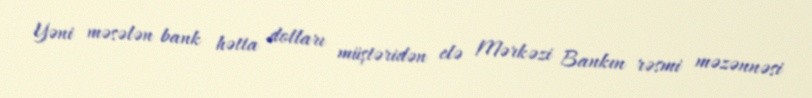
Yəni məsələn bank hətta dolları müştəridən elə Mərkəzi Bankın rəsmi məzənnəsi